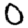
Digit: 0